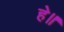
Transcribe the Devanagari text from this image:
हे॥